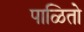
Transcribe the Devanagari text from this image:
पाळितो